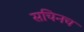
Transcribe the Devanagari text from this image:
सचिनच